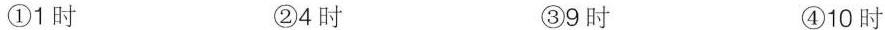
①1时 ②4时 ③9时 ④10时